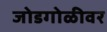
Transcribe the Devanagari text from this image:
जोडगोळीवर